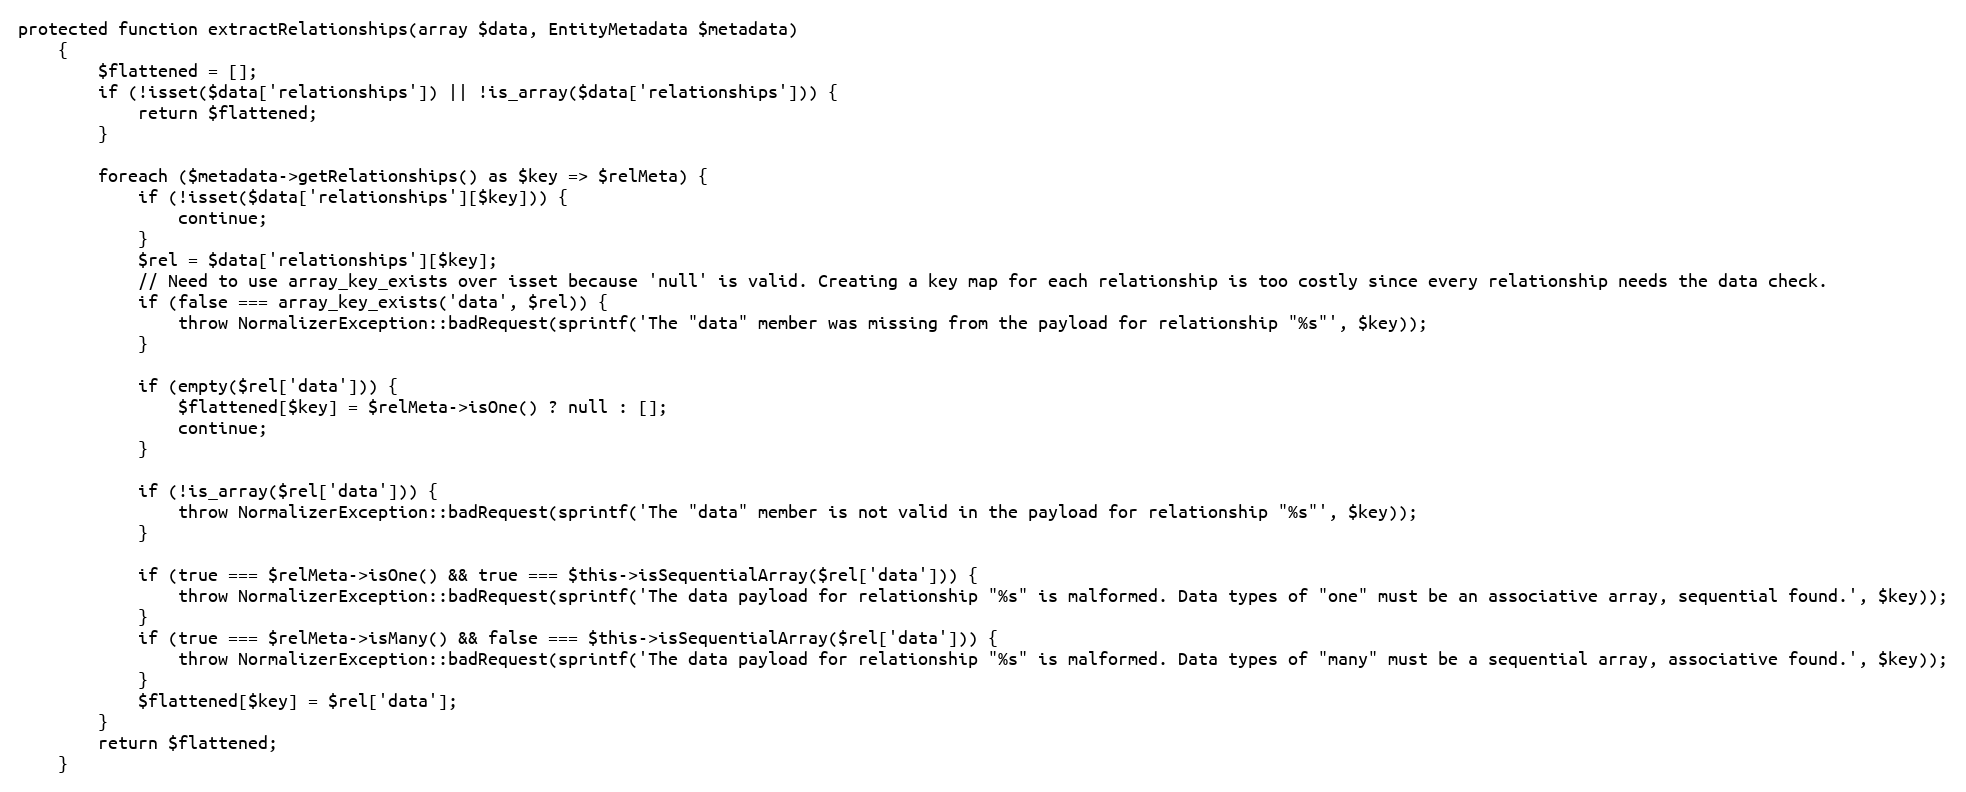
Language: PHP
protected function extractRelationships(array $data, EntityMetadata $metadata)
    {
        $flattened = [];
        if (!isset($data['relationships']) || !is_array($data['relationships'])) {
            return $flattened;
        }

        foreach ($metadata->getRelationships() as $key => $relMeta) {
            if (!isset($data['relationships'][$key])) {
                continue;
            }
            $rel = $data['relationships'][$key];
            // Need to use array_key_exists over isset because 'null' is valid. Creating a key map for each relationship is too costly since every relationship needs the data check.
            if (false === array_key_exists('data', $rel)) {
                throw NormalizerException::badRequest(sprintf('The "data" member was missing from the payload for relationship "%s"', $key));
            }

            if (empty($rel['data'])) {
                $flattened[$key] = $relMeta->isOne() ? null : [];
                continue;
            }

            if (!is_array($rel['data'])) {
                throw NormalizerException::badRequest(sprintf('The "data" member is not valid in the payload for relationship "%s"', $key));
            }

            if (true === $relMeta->isOne() && true === $this->isSequentialArray($rel['data'])) {
                throw NormalizerException::badRequest(sprintf('The data payload for relationship "%s" is malformed. Data types of "one" must be an associative array, sequential found.', $key));
            }
            if (true === $relMeta->isMany() && false === $this->isSequentialArray($rel['data'])) {
                throw NormalizerException::badRequest(sprintf('The data payload for relationship "%s" is malformed. Data types of "many" must be a sequential array, associative found.', $key));
            }
            $flattened[$key] = $rel['data'];
        }
        return $flattened;
    }